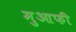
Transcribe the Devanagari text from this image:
मुआफी